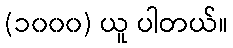
(၁၀၀၀) ယူ ပါတယ်။